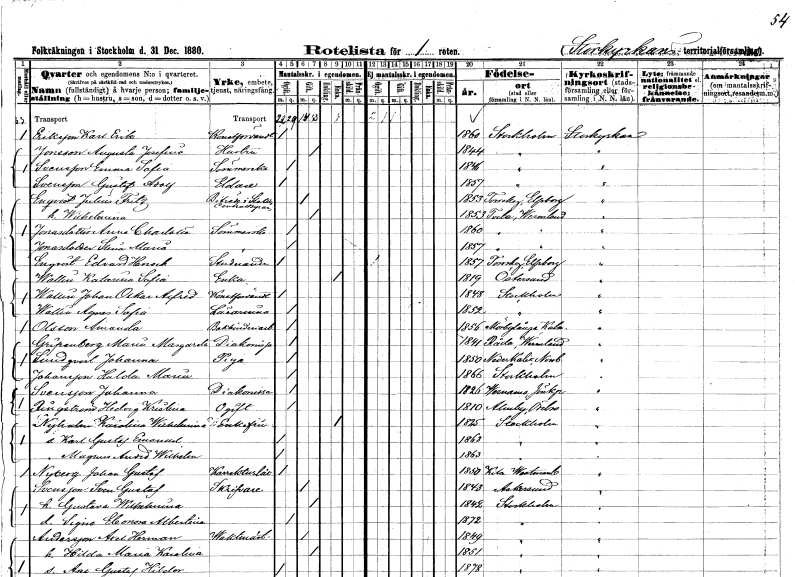
gt_parse: households: individuals: FN: Karl Erik
EN: Eriksson
YRKE: Konstförvandt
KON: M
CIV: O
FODAR: 1860
FODFORS: Stockholm
FN: Augusta Josefina
EN: Jonsson
YRKE: Hustru
KON: K
CIV: G
FODAR: 1844
FODFORS: Stockholm
FN: Emma Sofia
EN: Svensson
YRKE: Sömmerska
KON: K
CIV: O
FODAR: 1846
FODFORS: Stockholm
FN: Gustaf Adolf
EN: Svensson
YRKE: Eldare
KON: M
CIV: O
FODAR: 1857
FODFORS: Stockholm
FN: Julius Fritz
EN: Enqvist
YRKE: Biträde i Statens centralstyrelse
KON: M
CIV: G
FODAR: 1853
FODFORS: Torrskog Älvsborgs län
FN: Wilhelmina
KON: K
CIV: G
FODAR: 1853
FODFORS: Tveta Värmlands län
FN: Anna Charlotta
EN: Jonasdotter
YRKE: Sömmerska
KON: K
CIV: O
FODAR: 1860
FODFORS: Tveta Värmlands län
FN: Stina Maria
EN: Jonasdotter
YRKE: Sömmerska
KON: K
CIV: O
FODAR: 1857
FODFORS: Tveta Värmlands län
FN: Edvard Henrik
EN: Enqvist
YRKE: Studerande
KON: M
CIV: O
FODAR: 1857
FODFORS: Torrskog Älvsborgs län
FN: Katarina Sofia
EN: Wallin
YRKE: Änka
KON: K
CIV: E
FODAR: 1819
FODFORS: Östersund Jämtlands län
FN: Johan Oskar Alfred
EN: Wallin
YRKE: Konstförvandt
KON: M
CIV: O
FODAR: 1848
FODFORS: Stockholm
FN: Agnes Sofia
EN: Wallin
YRKE: Lärarinna
KON: K
CIV: O
FODAR: 1852
FODFORS: Stockholm
FN: Amanda
EN: Olsson
YRKE: Bokbinderiarbeterska
KON: K
CIV: O
FODAR: 1856
FODFORS: Mörbylånga Kalmar län
FN: Maria Margareta
EN: Gripenberg
YRKE: Diakonissa
KON: K
CIV: O
FODAR: 1841
FODFORS: Råda Värmlands län
FN: Johanna
EN: Lundqvist
YRKE: Piga
KON: K
CIV: O
FODAR: 1850
FODFORS: Nederkalix Norrbottens län
FN: Hulda Maria
EN: Johansson
KON: K
CIV: O
FODAR: 1866
FODFORS: Stockholm
FN: Johanna
EN: Svensson
YRKE: Diakonissa
KON: K
CIV: O
FODAR: 1826
FODFORS: Värnamo Jönköpings län
FN: Hedvig Kristina
EN: Ringström
KON: K
CIV: O
FODAR: 1810
FODFORS: Almby Örebro län
FN: Karolina Wilhelmina
EN: Nyholm
KON: K
CIV: E
FODAR: 1825
FODFORS: Stockholm
FN: Karl Gustaf Emanuel
KON: M
CIV: O
FODAR: 1863
FODFORS: Stockholm
FN: Magnus Arvid Wilhelm
KON: M
CIV: O
FODAR: 1863
FODFORS: Stockholm
FN: Johan Gustaf
EN: Nyberg
YRKE: Korrekturläsare
KON: M
CIV: O
FODAR: 1850
FODFORS: Kila Västmanlands län
FN: Sven Gustaf
EN: Svensson
YRKE: Skrivare
KON: M
CIV: G
FODAR: 1843
FODFORS: Askersund Örebro län
FN: Gustava Wilhelmina
KON: K
CIV: G
FODAR: 1842
FODFORS: Stockholm
FN: Signe Eleonora Albertina
KON: K
CIV: O
FODAR: 1872
FODFORS: Stockholm